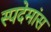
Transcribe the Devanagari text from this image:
स्पदेमांस